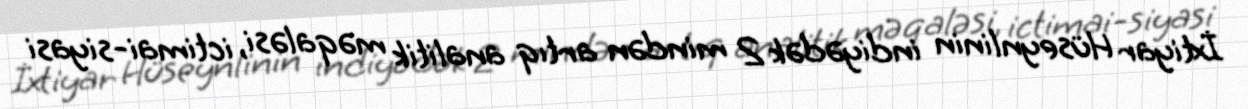
İxtiyar Hüseynlinin indiyədək 2 mindən artıq analitik məqaləsi, ictimai-siyasi